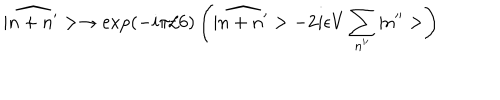
| \widehat { n + n ^ { \prime } } > \rightarrow \mathrm { e x p } ( - i \pi / 6 ) \left( | \widehat { n + n ^ { \prime } } > - 2 i \epsilon V \sum _ { n ^ { \prime \prime } } | n ^ { \prime \prime } > \right)